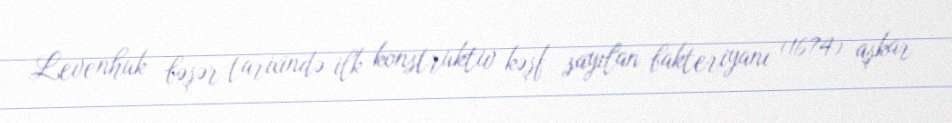
Levenhuk bəşər tarixində ilk konstruktiv kəşf sayılan bakteriyanı (1674) aşkar